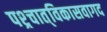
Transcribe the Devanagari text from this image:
पश्र्चात्‌विकासवागद